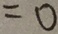
= 0